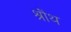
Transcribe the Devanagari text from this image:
श्रौथ